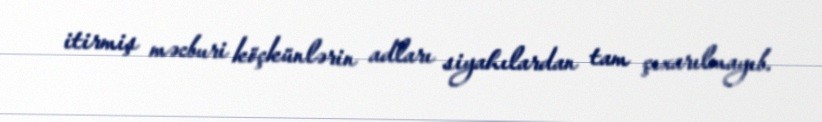
itirmiş məcburi köçkünlərin adları siyahılardan tam çıxarılmayıb.